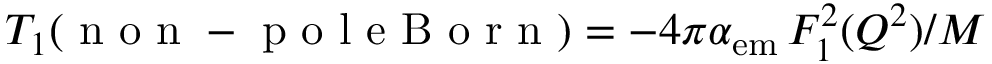
T _ { 1 } ( \mathrm { ~ n ~ o ~ n ~ - ~ p ~ o ~ l ~ e ~ B ~ o ~ r ~ n ~ } ) = - 4 \pi \alpha _ { \mathrm { e m } } \, F _ { 1 } ^ { 2 } ( Q ^ { 2 } ) / M